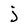
Character: j